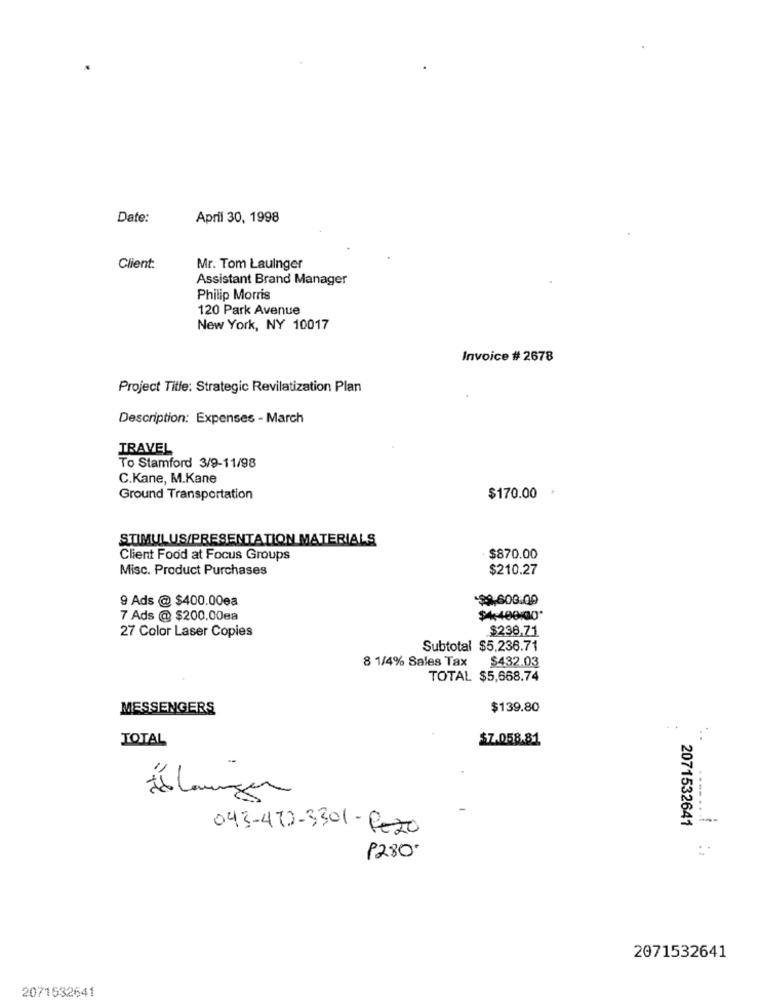
Date:
April 30, 1998
Client:
Mr. Tom Lauinger
Assistant Brand Manager
Philip Morris
120 Park Avenue
New York, NY 10017
Invoice # 2678
Project Title: Strategic Revilatization Plan
Description: Expenses - March
TRAVEL
To Stamford 3/9-11/98
C.Kane, M.Kane
Ground Transportation
$170.00
STIMULUS/PRESENTATION MATERIALS
Client Food at Focus Groups
$870.00
Misc. Product Purchases
$210.27
9 Ads @ $400.00ea
$9.600.00
7 Ads @ $200.00ea
$4:400/00'
27 Color Laser Copies
$238.71
Subtotal $5,236.71
8 1/4% Sales Tax
$432.03
TOTAL $5,668.74
MESSENGERS
$139.80
TOTAL
$7.058.81
Holaungen
2071532641
043-472-3301 - Rezo
P280.
2071532641
2071532641